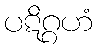
ပဋိဂ္ဂဟံ